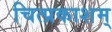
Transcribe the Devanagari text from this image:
चित्प्रकाशम्‌